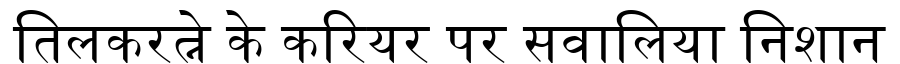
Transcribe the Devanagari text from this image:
तिलकरत्ने के करियर पर सवालिया निशान